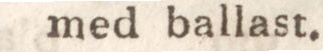
med ballast.